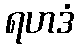
ရဟဒံ